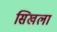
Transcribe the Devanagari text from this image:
सिखला